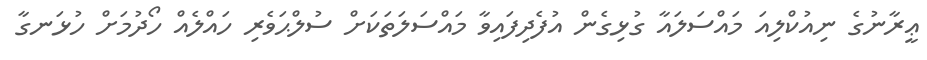
ޢީރާނުގެ ނިއުކްލިއަ މައްސަލައާ ގުޅިގެން އުފެދިފައިވާ މައްސަލަތަކަށް ސުލްޙަވެރި ހައްލެއް ހޯދުމަށް ހުޅަނގާ